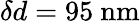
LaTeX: \delta d=95~\mathrm{{nm}}